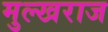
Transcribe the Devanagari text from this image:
मुल्खराज